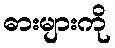
ဓားများကို